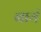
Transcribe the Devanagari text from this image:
बायं